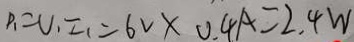
P _ { 1 } = V _ { 1 } I _ { 1 } = 6 V \times 0 . 4 A = 2 . 4 W